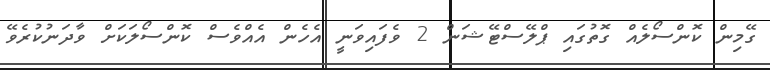
ގޭމިން ކޮންސޯލެއް ގޮތުގައި ޕްލޭސްޓޭޝަން 2 ވެފައިވަނީ އެހެން އެއްވެސް ކޮންސޯލަކަށް ވާދަނުކުރެވޭ